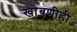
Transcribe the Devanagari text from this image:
खोबणीही